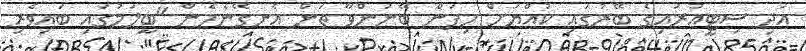
އަދި ސިޓީއުރައިގެ ބޭރުގައި ކުއްޔަށް ހިފަން ބޭނުންވާ ތަން އެނގޭނެހެން "ބީލަމުގައި ބައިވެރި